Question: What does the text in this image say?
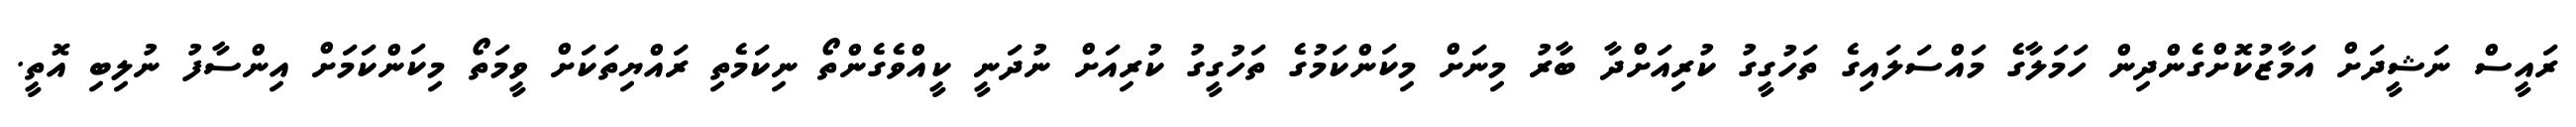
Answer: ރައީސް ނަޝީދަށް އަމާޒުކޮށްގެންދިން ހަމަލާގެ މައްސަލައިގެ ތަހުގީގު ކުރިއަށްދާ ބާރު މިނަށް މިކަންކަމުގެ ތަހުގީގު ކުރިއަށް ނުދަނީ ކީއްވެގެންތޯ ނިކަމެތި ރައްޔިތަކަށް ވީމަތޯ މިކަންކަމަށް އިންސާފު ނުލިބި އޮތީ.